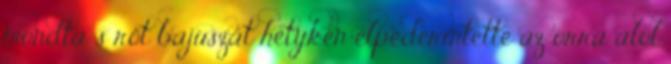
mondta s rőt bajuszát hetykén elpederintette az orra alól